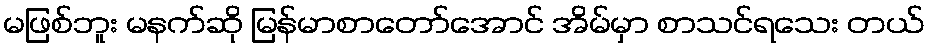
မဖြစ်ဘူး မနက်ဆို မြန်မာစာတော်အောင် အိမ်မှာ စာသင်ရသေး တယ်